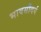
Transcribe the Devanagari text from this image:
भावसौंदर्य